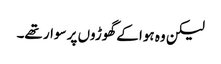
لیکن وہ ہوا کے گھوڑوں پر سوار تھے۔